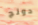
دونج